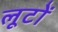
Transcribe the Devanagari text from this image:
लूटों